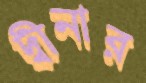
দ্বীনার